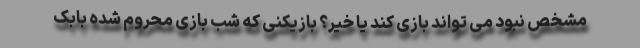
مشخص نبود می تواند بازی کند یا خیر؟ بازیکنی که شب بازی محروم شده بابک